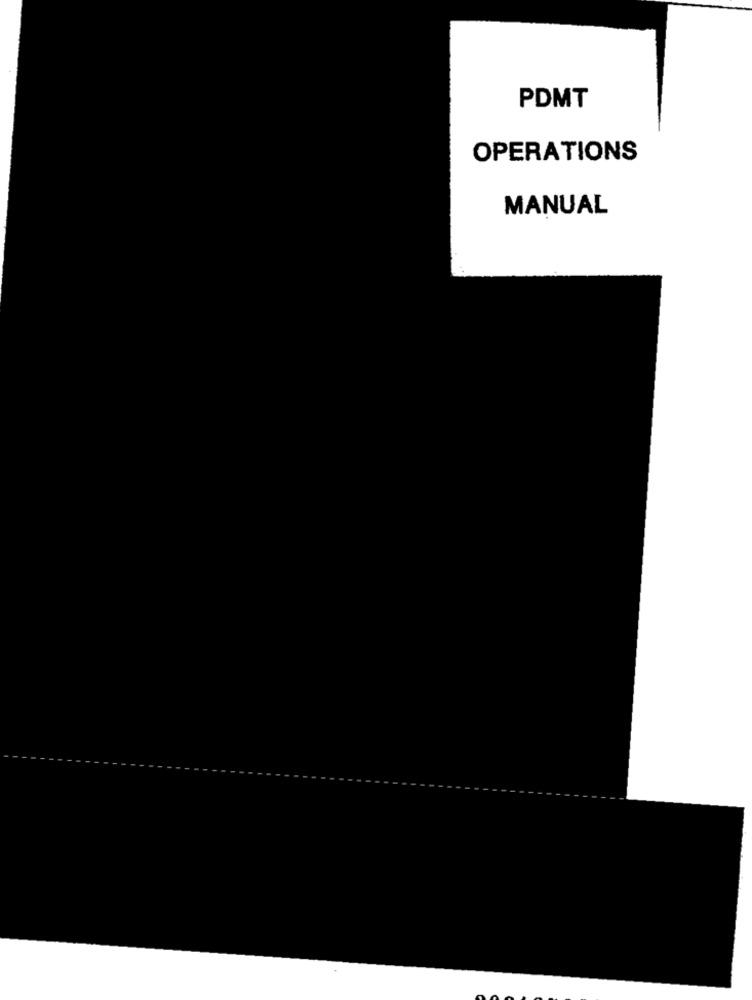
PDMT
OPERATIONS
MANUAL